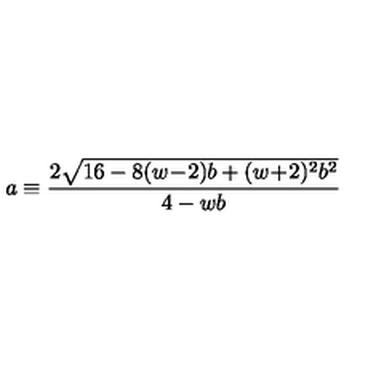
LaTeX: a \equiv \frac { 2 \sqrt { 1 6 - 8 ( w \! - \! 2 ) b + ( w \! + \! 2 ) ^ { 2 } b ^ { 2 } } } { 4 - w b }